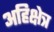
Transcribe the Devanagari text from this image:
अहिक्षेत्र